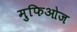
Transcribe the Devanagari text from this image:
मुफिओज